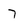
Character: 7